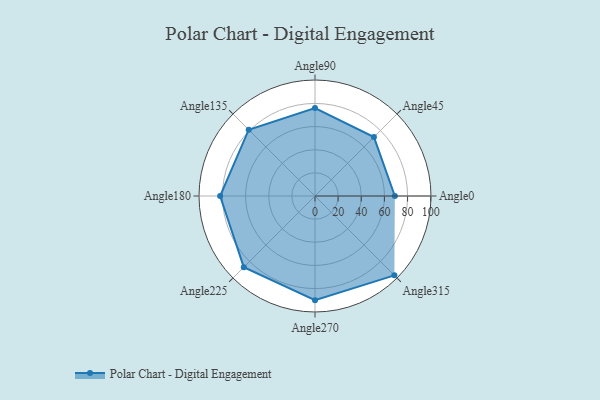
{"axis": {"x": "Angle", "y": "Radius"}, "legend": [""], "data": [{"x": "Angle0", "y": 69.0, "type": ""}, {"x": "Angle45", "y": 72.0, "type": ""}, {"x": "Angle90", "y": 76.0, "type": ""}, {"x": "Angle135", "y": 81.0, "type": ""}, {"x": "Angle180", "y": 82.0, "type": ""}, {"x": "Angle225", "y": 87.0, "type": ""}, {"x": "Angle270", "y": 90.0, "type": ""}, {"x": "Angle315", "y": 97.0, "type": ""}]}